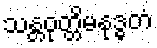
သန္တဝုတ္တိမနုဒ္ဓတံ